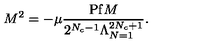
M ^ { 2 } = - \mu \frac { \mathrm { P f } M } { 2 ^ { N _ { c } - 1 } \Lambda _ { N = 1 } ^ { 2 N _ { c } + 1 } } .